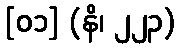
[၀၁] (နိ၊ ၂၂၃)